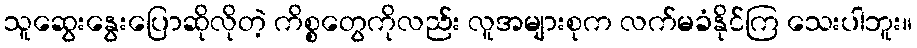
သူဆွေးနွေးပြောဆိုလိုတဲ့ ကိစ္စတွေကိုလည်း လူအများစုက လက်မခံနိုင်ကြ သေးပါဘူး။